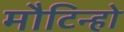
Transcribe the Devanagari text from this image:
मौटिन्हो